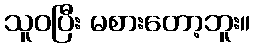
သူဝပြီး မစားတော့ဘူး။